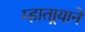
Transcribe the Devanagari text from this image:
म्हातार्‍याने